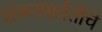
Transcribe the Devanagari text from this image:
शंकरपार्वतीचे